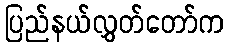
ပြည်နယ်လွှတ်တော်က